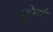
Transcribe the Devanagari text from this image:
बुल्डोज़र्स